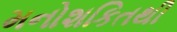
મનોશકિતથી